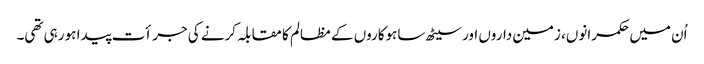
اُن میں حکمرانوں، زمین داروں اور سیٹھ ساہوکاروں کے مظالم کا مقابلہ کرنے کی جرأت پیدا ہو رہی تھی۔